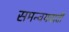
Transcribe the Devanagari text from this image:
समन्‍वयवादी